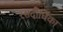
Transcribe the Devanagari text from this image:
रसदीर्घिका